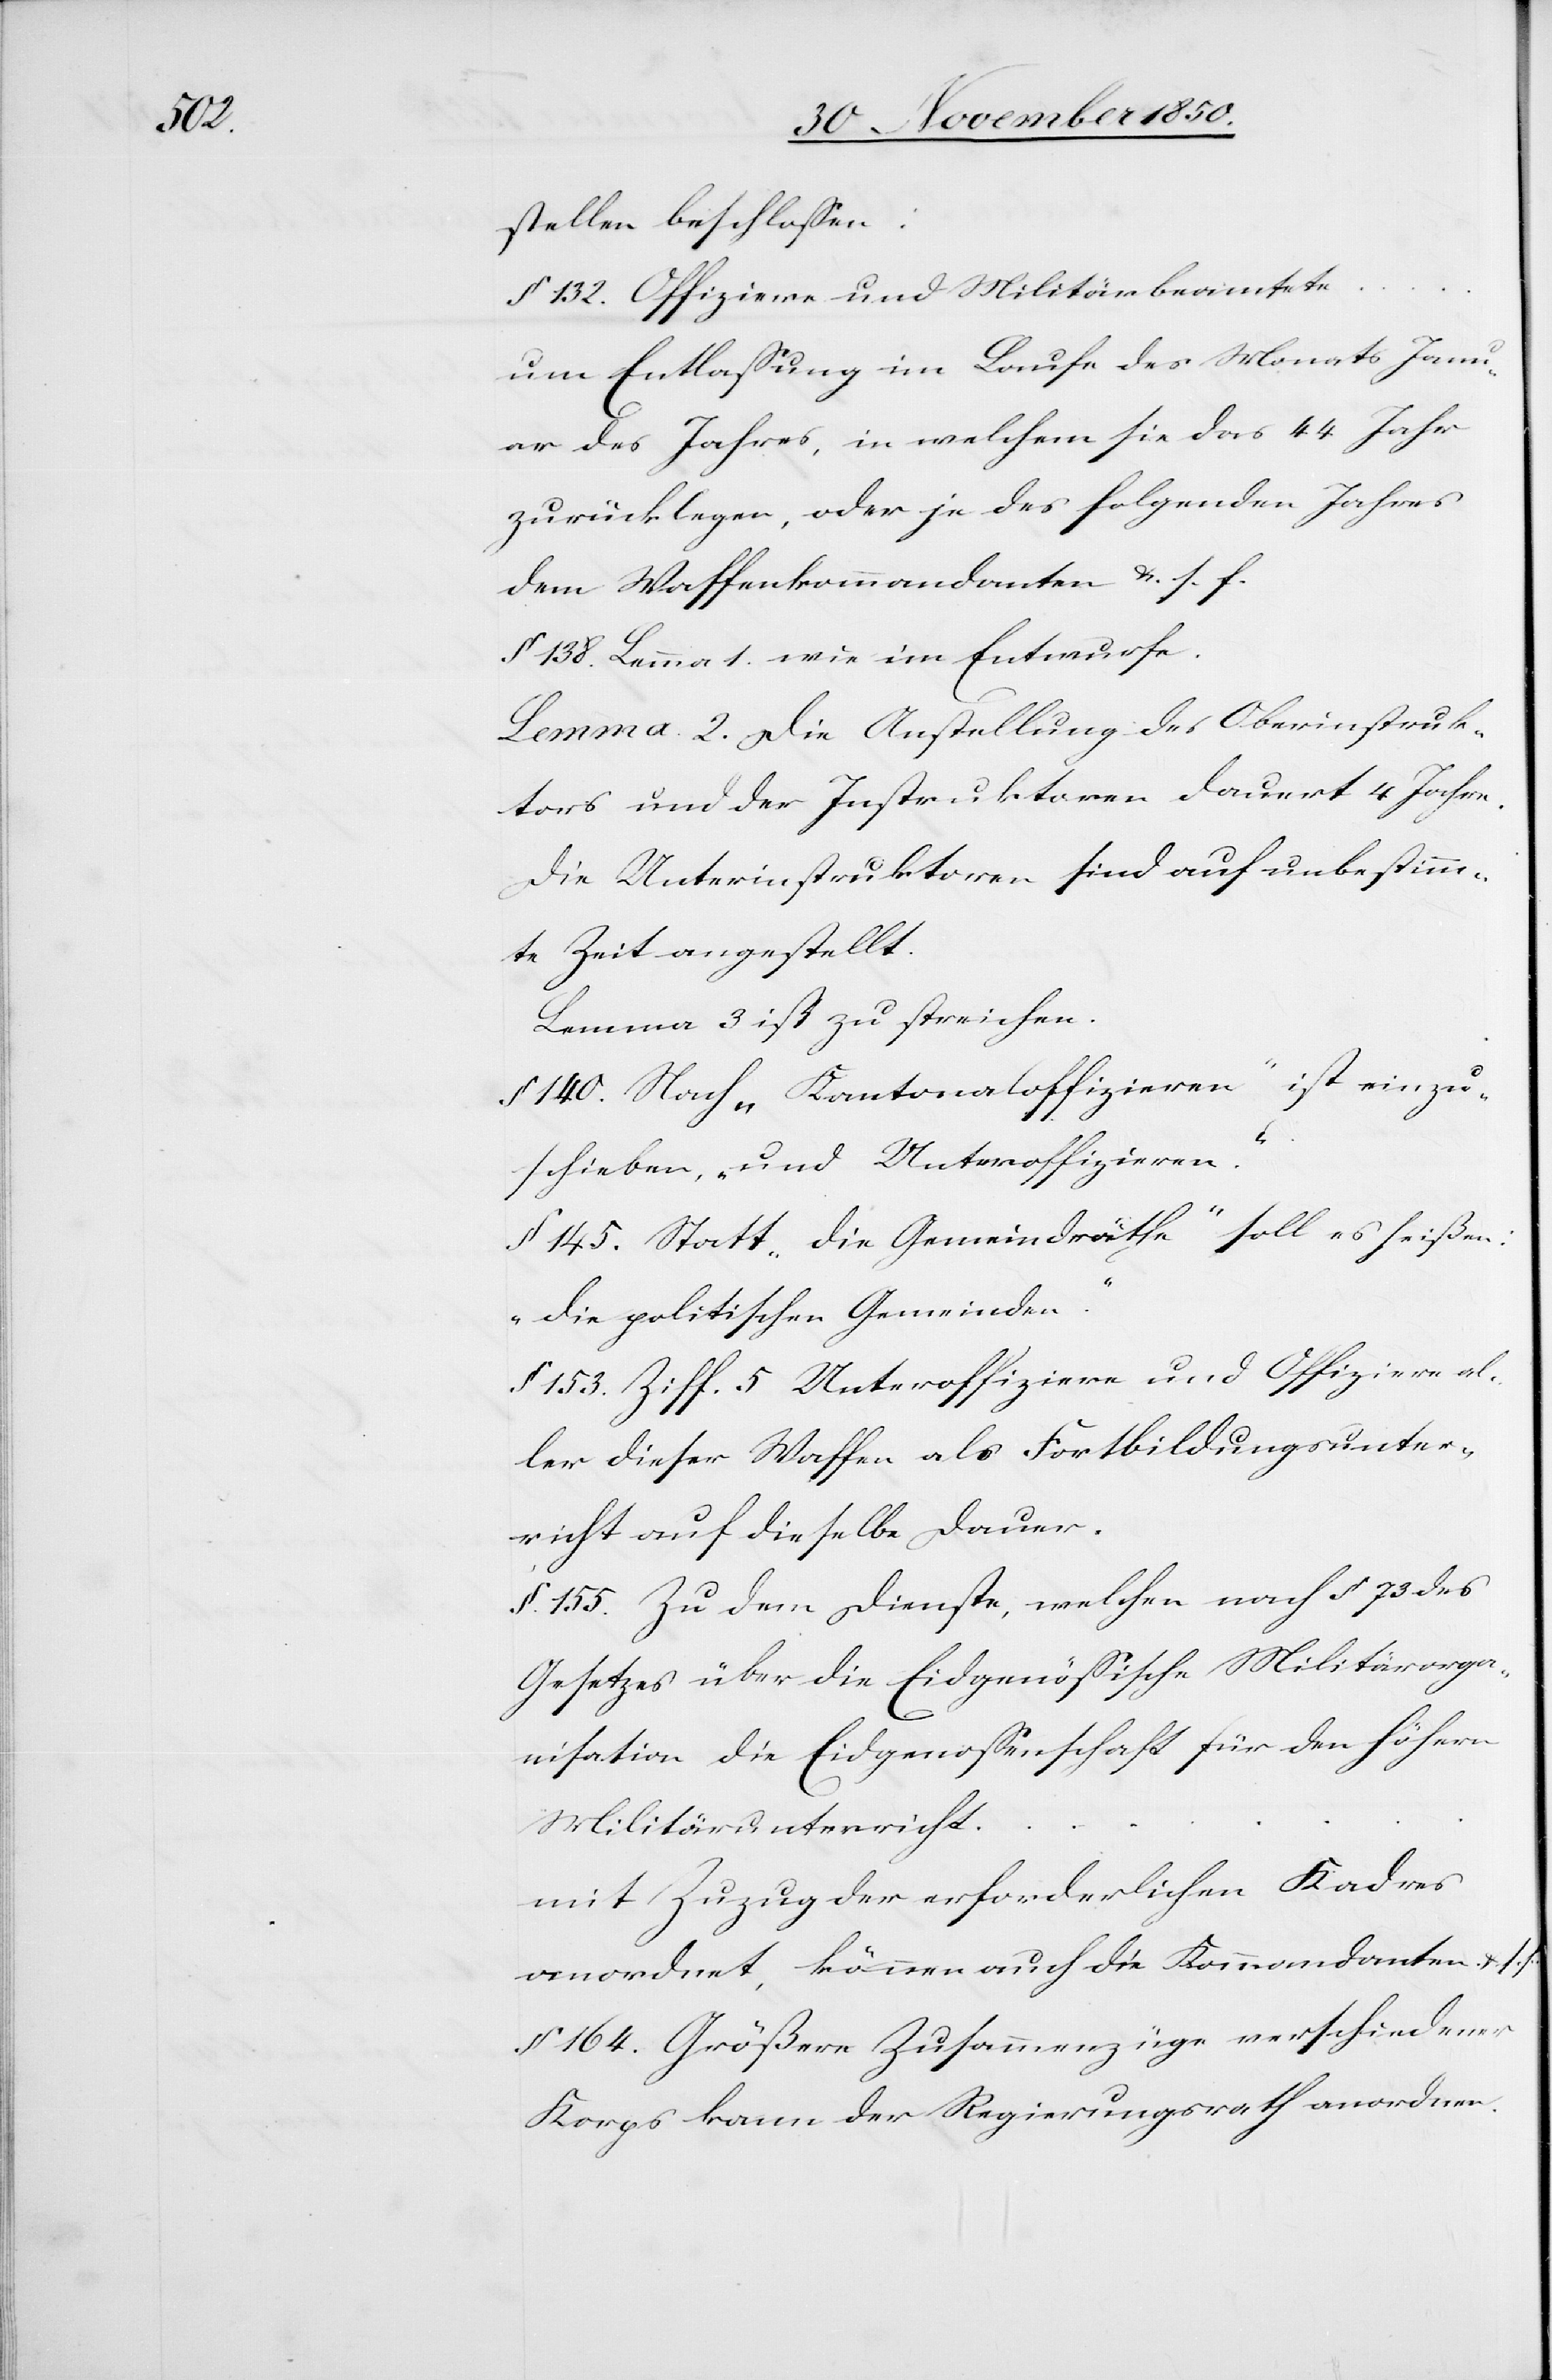
stellen beschlossen:
§ 132. Offiziere und Militärbeamtete …
um Entlassung im Laufe des Monats Janu¬
ar des Jahres, in welchem sie das 44 Jahr
zurücklegen, oder je des folgenden Jahres
dem Waffenkommandanten u. s. f.
§ 138. Lemma 1. wie im Entwurfe.
Lemma 2. Die Anstellung des Oberinstruk¬
tors und der Instruktoren dauert 4 Jahre.
Die Unterinstruktoren sind auf unbestimm¬
te Zeit angestellt.
Lemma 3 ist zu streichen.
§ 140. Nach „Kantonaloffizieren“ ist einzu¬
schieben, „und Unteroffiziere“.
§ 145. Statt „die Gemeindräthe“ soll es heißen:
„die politischen Gemeinden“.
§ 153. Ziff. 5 Unteroffiziere und Offiziere al¬
ler dieser Waffen als Fortbildungsunter¬
richt auf dieselbe Dauer.
§ 155. Zu dem Dienste, welche nach § 73 des
Gesetzes über die Eidgenössische Militärorga¬
nisation die Eidgenossenschaft für den höhern
Militärunterricht …
mit Zuzug der erforderlichen Kadres
anordnet, können auch die Kommandanten u. s.
§ 164. Größere Zusammenzüge verschiedener
Korps kann der Regierungsrath anordnen.